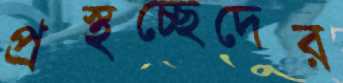
প্রস্থচ্ছেদের